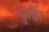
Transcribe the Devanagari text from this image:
पुशिं